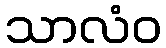
သာလံဝ